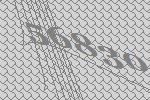
56830